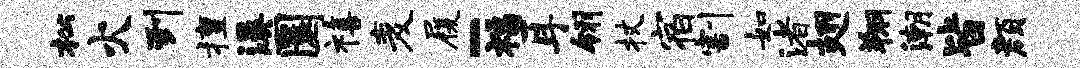
松火到擅溪圜禧麦履-福耳翎杖宿割如渚翅翔潮皆颜